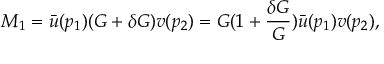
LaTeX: M _ { 1 } = { \bar { u } } ( p _ { 1 } ) ( G + \delta G ) v ( p _ { 2 } ) = G ( 1 + { \frac { \delta G } { G } } ) { \bar { u } } ( p _ { 1 } ) v ( p _ { 2 } ) ,